Civil Veterinary Dept. Assam report 1927-50 - 1927-1950
Year: 1927
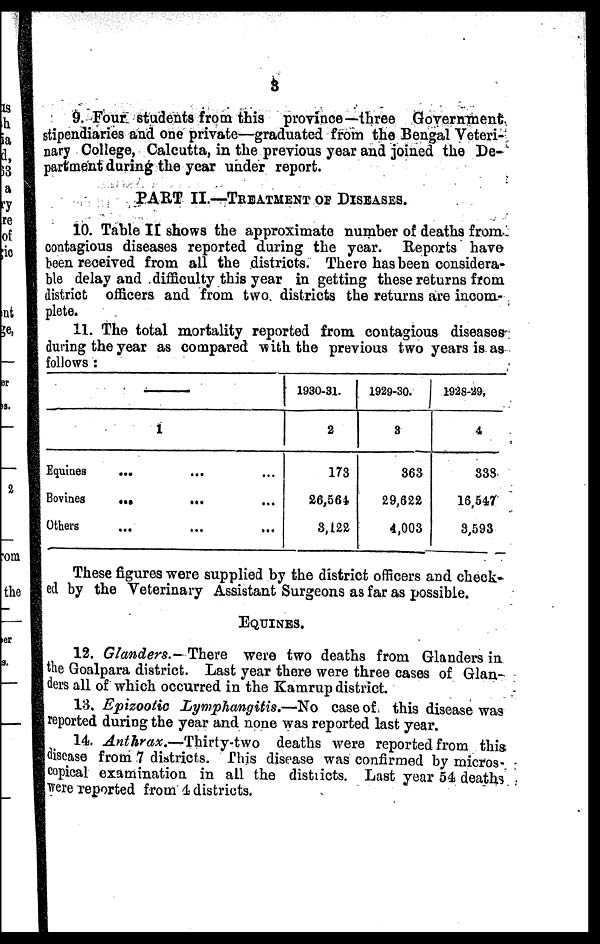
3
9. Four students from this province—three Government
stipendiaries and one private—graduated from the Bengal Veteri-
nary College, Calcutta, in the previous year and joined the De-
partment during the year under report.
PART II.—TREATMENT OF DISEASES.
10. Table II shows the approximate number of deaths from
contagious diseases reported during the year. Reports have
been received from all the districts. There has been considera-
ble delay and difficulty this year in getting these returns from
district officers and from two districts the returns are incom-
plete.
11. The total mortality reported from contagious diseases
during the year as compared with the previous two years is as
follows :
—
1
Equines ... ... ...
Bovines
...
... ...
Others
...
...
...
1930-31.
2
173
26,564
8,122
1929-30.
3
863
29,622
4,003
1928-29,
4
833
16,547
3,593
These figures were supplied by the district officers and check-
ed by the Veterinary Assistant Surgeons as far as possible.
EQUINES.
12. Glanders.- There were two deaths from Glanders in
the Goalpara district. Last year there were three cases of Glan-
ders all of which occurred in the Kamrup district.
13. Epizootic Lymphangitis.—No
case of this disease was
reported during the year and none was reported last year.
14. Anthrax.—Thirty-two
deaths were reported from this
disease from 7 districts. This disease was confirmed by micros-
copical examination in all the districts. Last year 54 deaths
were reported from 4 districts.